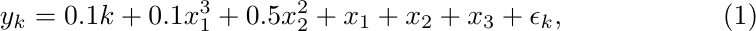
\begin{equation}\label{ex3}
    y_{k} =  0.1k + 0.1x_1^3 + 0.5x_2 ^2 + x_1 + x_2 + x_3 + \epsilon_k,
\end{equation}